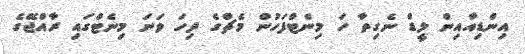
އިންޑިއާއިން ލީޑް ނެގިތާ ހަ މިނެޓްފަހުން މެޗްގެ ދިހަ ވަނަ މިނެޓްގައި ރާއްޖޭގެ